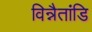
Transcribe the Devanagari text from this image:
विन्नैतांडि